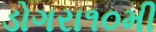
ડોગરા૧૦મી